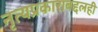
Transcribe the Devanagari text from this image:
नृत्यप्रकाराबद्दलही